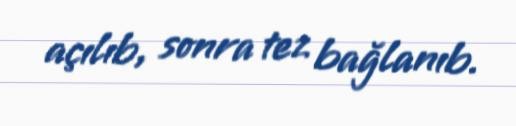
açılıb, sonra tez bağlanıb.